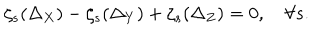
LaTeX: \zeta _ { s } ( \Delta _ { X } ) - \zeta _ { s } ( \Delta _ { Y } ) + \zeta _ { s } ( \Delta _ { Z } ) = 0 , \quad \forall s .